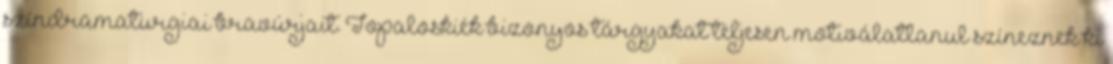
színdramaturgiai bravúrjait. Topaloskiék bizonyos tárgyakat teljesen motiválatlanul színeznek ki